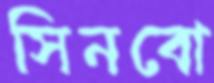
সিনবো